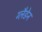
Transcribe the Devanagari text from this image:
ग्लैडेन